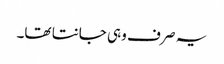
یہ صر ف وہی جانتا تھا۔